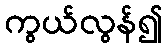
ကွယ်လွန်၍